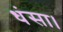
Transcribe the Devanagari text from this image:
धंसा।